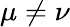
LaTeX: \mu\neq\nu